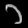
Digit: ၁